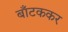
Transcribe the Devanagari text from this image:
बाँटककर